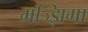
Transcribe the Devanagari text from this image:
मज्झिमा